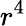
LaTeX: r^{4}